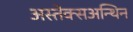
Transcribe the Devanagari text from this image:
अस्तेक्सअन्थिन